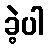
ခဲ့ပါ